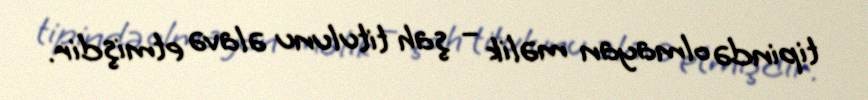
tipində olmayan məlik – şah titulunu əlavə etmişdir.